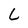
Character: L